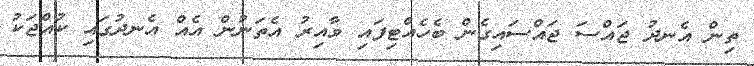
ތިން އެނދު ޖައްސަ ޖައްސައިގެން ބެހެއްޓިފައި ވާއިރު އެތަނުން އެއް އެނދުގައި ކުއްޖަކު